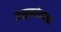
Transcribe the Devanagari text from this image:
उत्सुकतेखातर